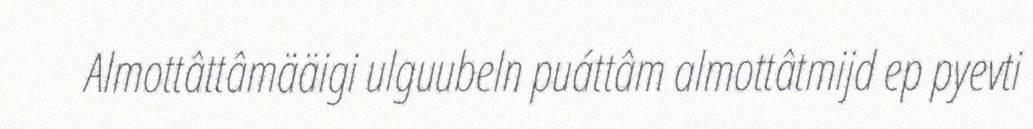
Almottâttâmääigi ulguubeln puáttâm almottâtmijd ep pyevti